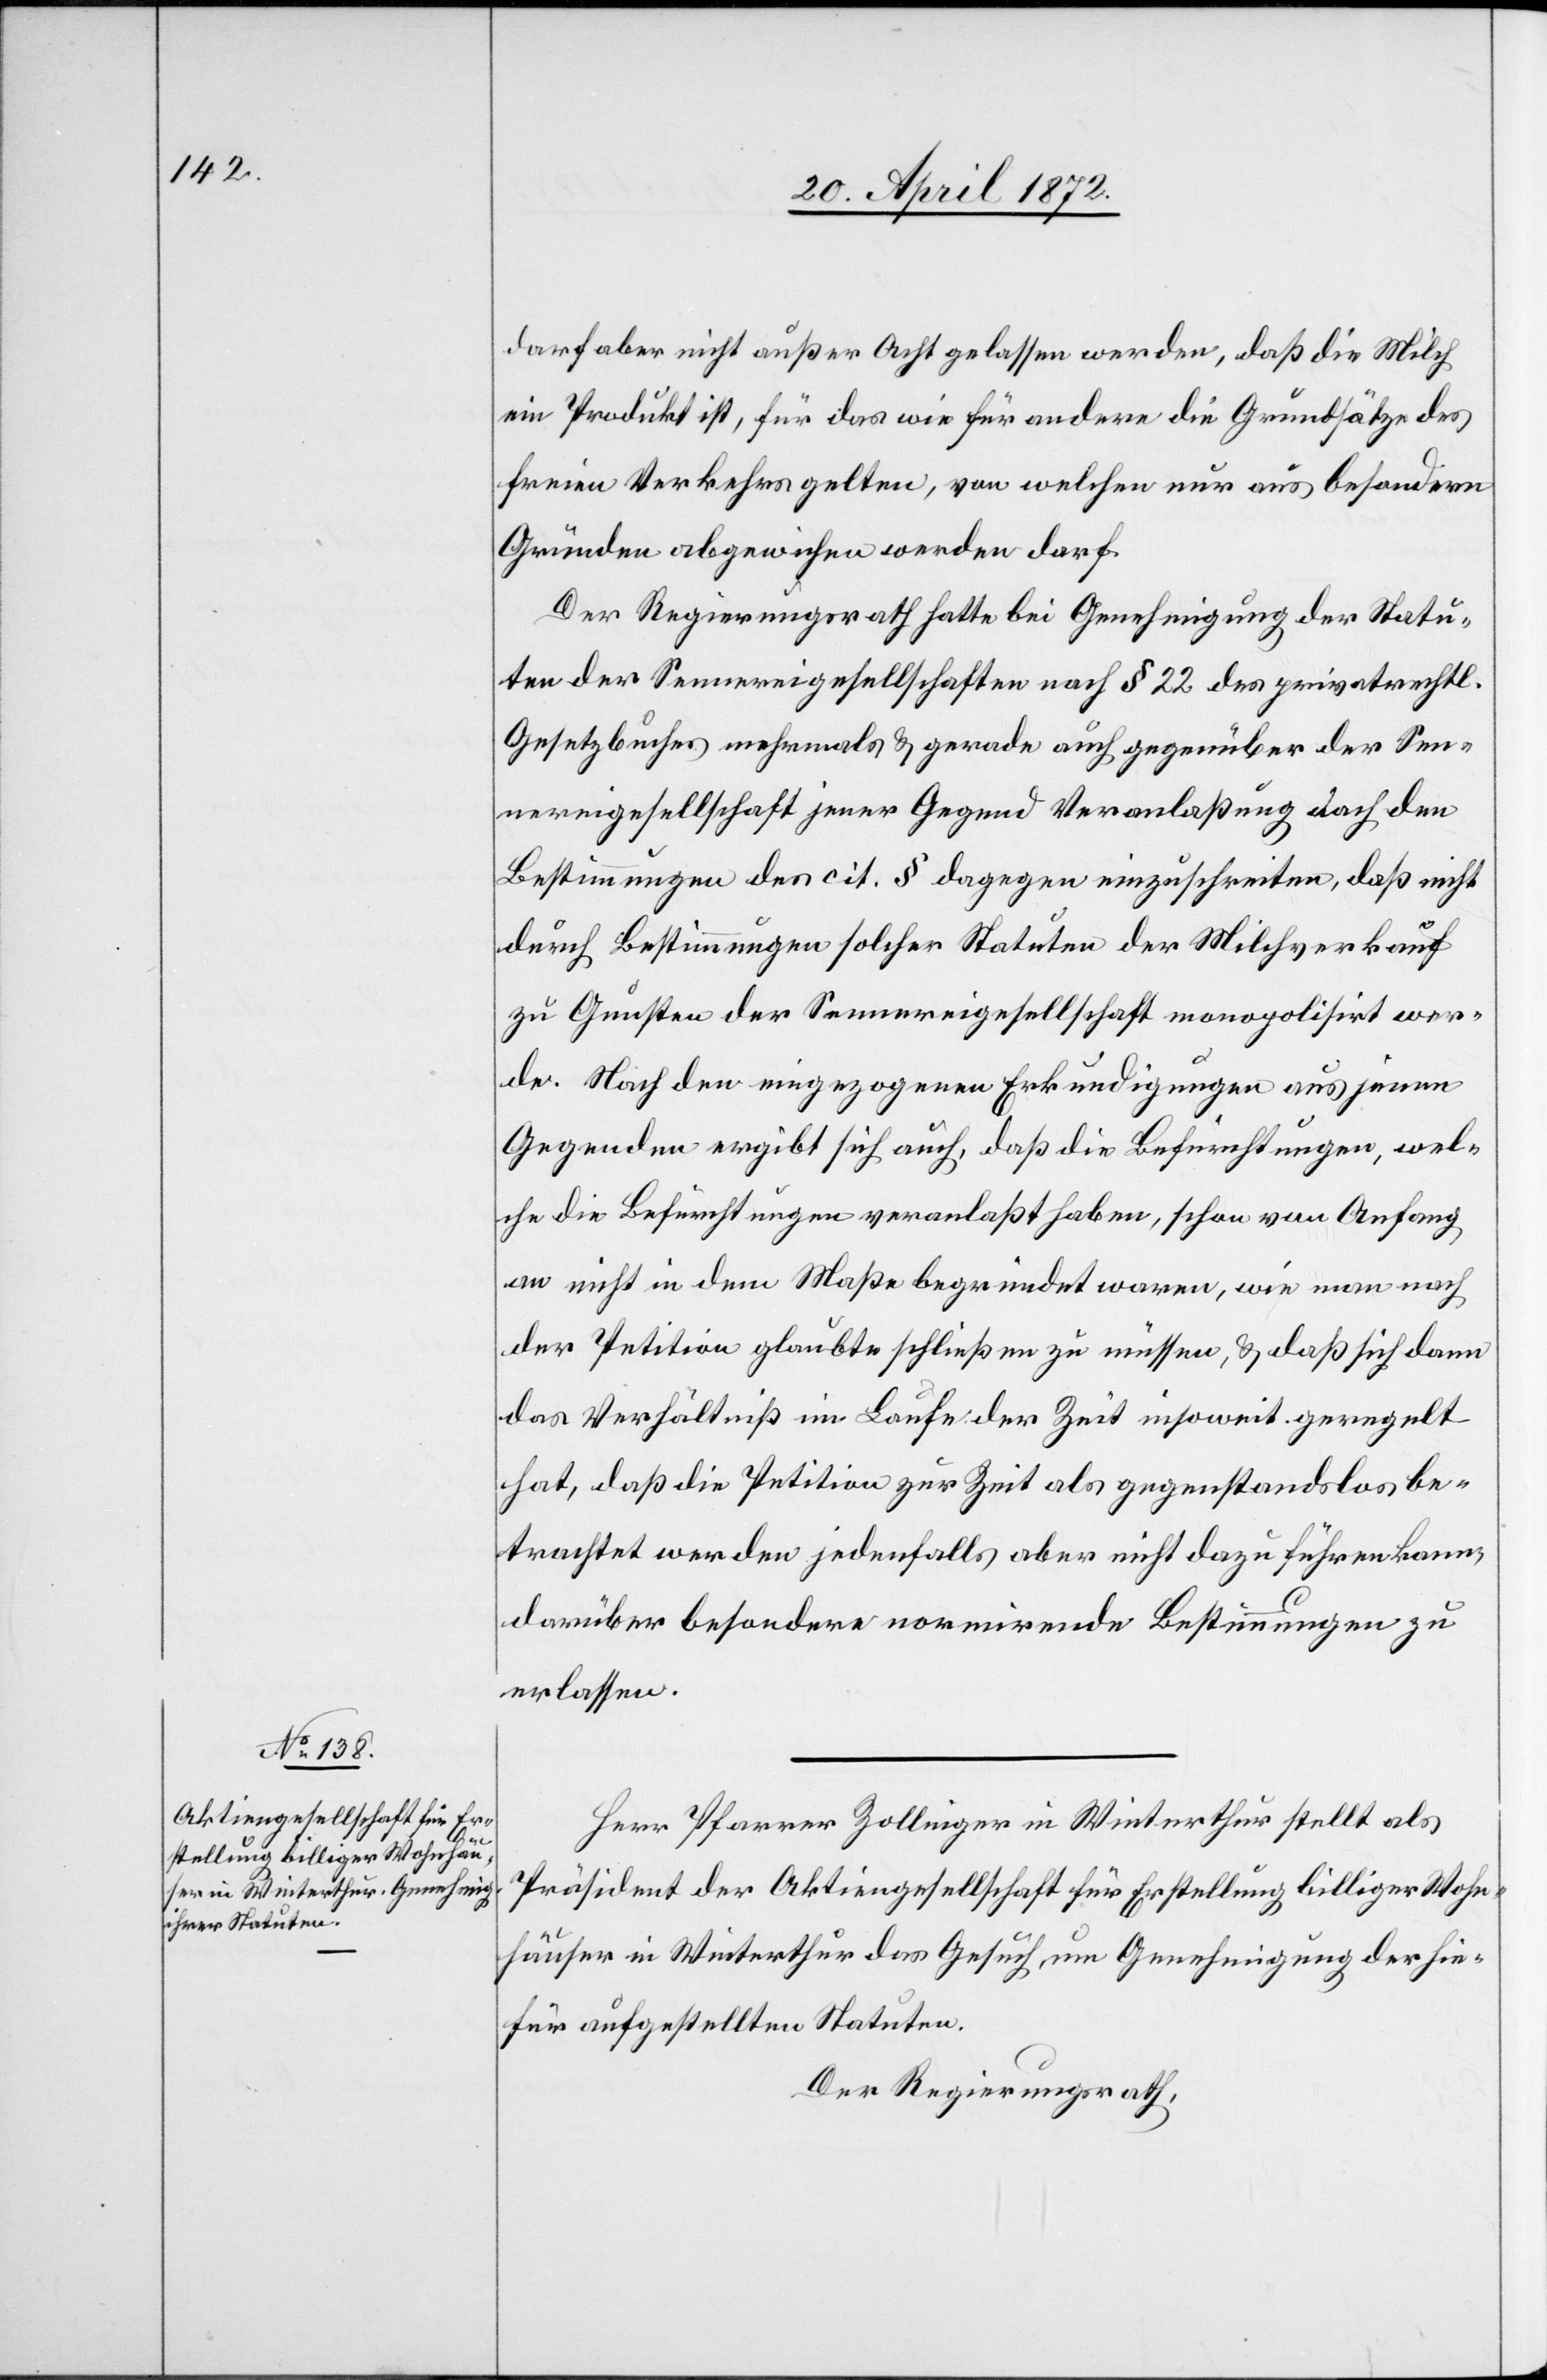
darf aber nicht außer Acht gelassen werden, daß die Milch
ein Produkt ist, für das wie für andere die Grundsätze des
freien Verkehrs gelten, von welchen nur aus besondern
Gründen abgewichen werden darf.
Der Regierungsrath hatte bei Genehmigung der Statu¬
ten der Sennereigesellschaften nach § 22 des privatrechtl.
Gesetzbuches mehrmals u. gerade auch gegenüber der Sen¬
nereigesellschaft jener Gegend Veranlaßung [?nach] den
Bestimmungen des cit. § dagegen einzuschreiten, daß nicht
durch Bestimmungen solcher Statuten der Milchverkauf
zu Gunsten der Sennereigesellschaft monopolisirt wer¬
de. Nach den eingezogenen Erkundigungen aus jenen
Gegenden ergibt sich auch, daß die Befürchtungen, wel¬
che die Befürchtungen veranlaßt haben [sic!], schon von Anfang
an nicht in dem Maße begründet waren, wie man nach
der Petition glaubte schließen zu müssen, u. daß sich dann
das Verhältniß im Laufe der Zeit insoweit geregelt
hat, daß die Petition zur Zeit als gegenstandslos be¬
trachtet werden jedenfalls aber nicht dazu führen kann,
darüber besondere normirende Bestimmungen zu
erlassen.
Herr Pfarrer Zollinger in Winterthur stellt als
Präsident der Aktiengesellschaft für Erstellung billiger Wohn¬
häuser in Winterthur das Gesuch um Genehmigung der hie¬
für aufgestellten Statuten.
Der Regierungsrath,